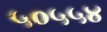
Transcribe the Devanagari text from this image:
५०५५४